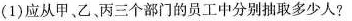
(1)应从甲、乙、丙三个部门的员工中分别抽取多少人?